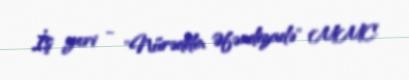
İş yeri - "Nürəddin Əfəndizadə" MMC